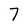
Character: 7